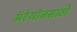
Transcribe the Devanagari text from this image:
मॅरेथॉनसाठी